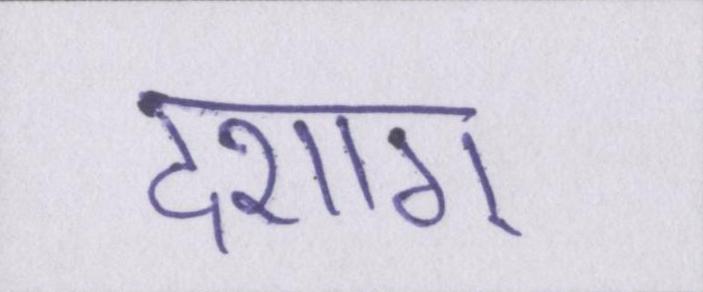
दशाॻ